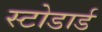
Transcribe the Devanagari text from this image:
स्टोडार्ड